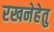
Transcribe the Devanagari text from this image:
रखनेहेतु